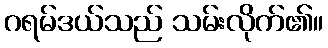
ဂရမ်ဒယ်သည် သမ်းလိုက်၏။